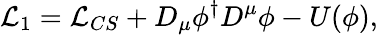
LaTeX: {\cal L}_{1}={\cal L}_{CS}+D_{\mu}\phi^{\dagger}D^{\mu}\phi-U(\phi),